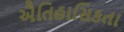
ઐતિહાસિકતા